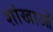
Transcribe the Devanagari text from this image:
शांखाओं